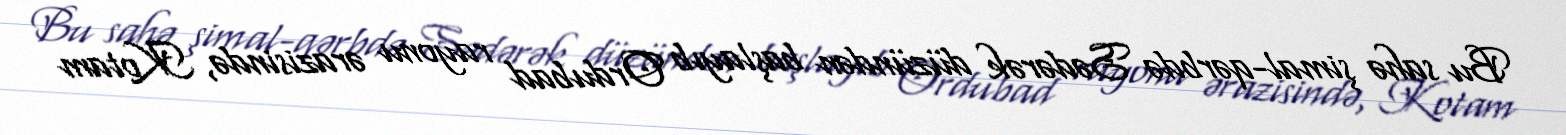
Bu sahə şimal-qərbdə Sədərək düzündən başlayıb Ordubad rayonu ərazisində, Kotam